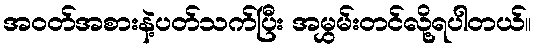
အဝတ်အစားနဲ့ပတ်သက်ပြီး အမွှမ်းတင်လို့ရပါတယ်။